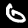
Label: 6